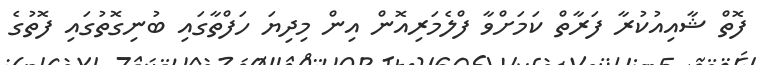
ފޮތް ޝާއިއުކުރާ ފަރާތް ކަމަށްވާ ފްލެމަރިއޮން އިން މިދިޔަ ހަފްތާގައި ބުނިގޮތުގައި ފޮތުގެ